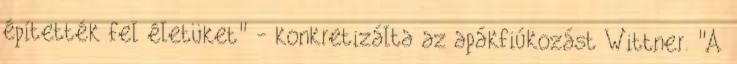
építették fel életüket" - konkretizálta az apákfiúkozást Wittner. "A